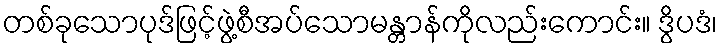
တစ်ခုသောပုဒ်ဖြင့်ဖွဲ့စီအပ်သောမန္တာန်ကိုလည်းကောင်း။ ဒွိပဒံ၊